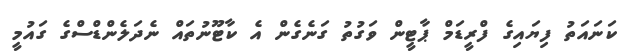
ކަނައަތު ފިޔައިގެ ފްރީޑަމް ޕާޓީން ވަގުތު ގަނެގެން އެ ކާޓޫނުތައް ނެދަލެންޑްސްގެ ގައުމީ